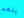
بنعم